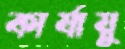
কার্যায়ু